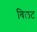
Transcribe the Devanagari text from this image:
विलट